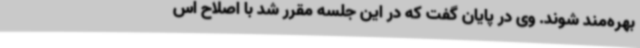
بهره‌مند شوند. وی در پایان گفت که در این جلسه مقرر شد با اصلاح اس